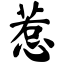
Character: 惹